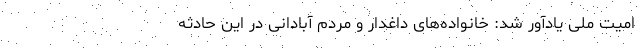
امیت ملی یادآور شد: خانواده‌های داغدار و مردم آبادانی در این حادثه